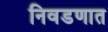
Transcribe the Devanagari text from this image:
निवडणात